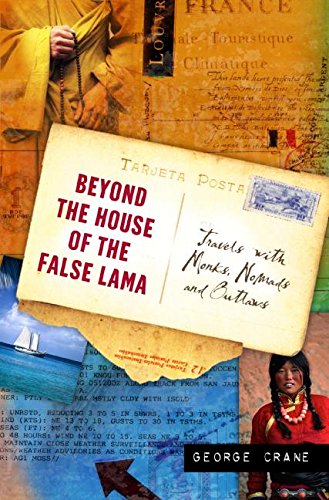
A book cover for Beyond the House of the False Lama: Travels with Monks, Nomads, and Outlaws; George Crane; Travel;